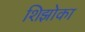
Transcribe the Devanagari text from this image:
शिझोका